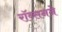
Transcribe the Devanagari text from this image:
रॉब्सनने